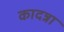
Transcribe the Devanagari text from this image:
कादन्ना